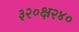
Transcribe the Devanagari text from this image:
३२०क्ष२४०